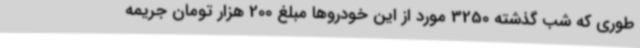
طوری که شب گذشته 3250 مورد از این خودروها مبلغ 200 هزار تومان جریمه